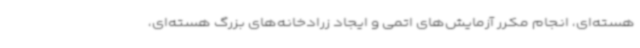
هسته‌ای، انجام مکرر آزمایش‌های اتمی و ایجاد زرادخانه‌های بزرگ هسته‌ای،